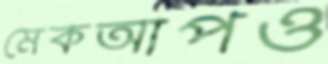
মেকআপও